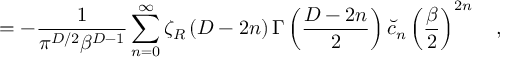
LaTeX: = - { \frac { 1 } { \pi ^ { D / 2 } \beta ^ { D - 1 } } } \sum _ { n = 0 } ^ { \infty } \zeta _ { R } \left( D - 2 n \right) \Gamma \left( { \frac { D - 2 n } { 2 } } \right) \breve { c } _ { n } \left( { \frac { \beta } { 2 } } \right) ^ { 2 n } ~ ~ ~ ,